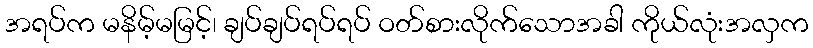
အရပ်က မနိမ့်မမြင့်၊ ချပ်ချပ်ရပ်ရပ် ဝတ်စားလိုက်သောအခါ ကိုယ်လုံးအလှက